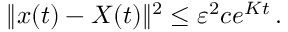
\| x ( t ) - X ( t ) \| ^ { 2 } \leq \varepsilon ^ { 2 } c e ^ { K t } \, .